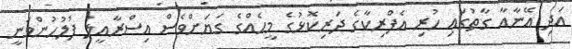
އަދި އޭނާއާ ގާތުގައި ހުރި އެފްރިކާގެ ދަރިކޮޅުގެ މީހެއްގެ ގަޔަށްވެސް އިސްރާއީލު ފުލުހުންވަނީ